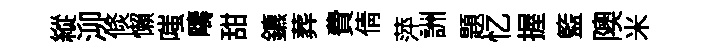
縱泖倐懶嗤疇甜鑣葬費倩萍詶題忆握籃隩米